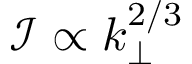
\mathcal { I } \propto k _ { \perp } ^ { 2 / 3 }